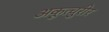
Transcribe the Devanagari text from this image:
अकूत्चुरीर